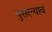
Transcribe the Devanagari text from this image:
पुसल्यावं